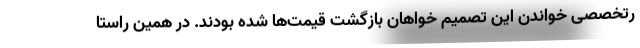
رتخصصی خواندن این تصمیم خواهان بازگشت قیمت‌ها شده بودند. در همین راستا